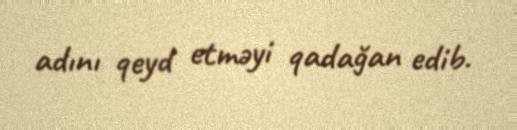
adını qeyd etməyi qadağan edib.